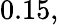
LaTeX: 0.15,